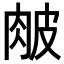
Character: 𦚆